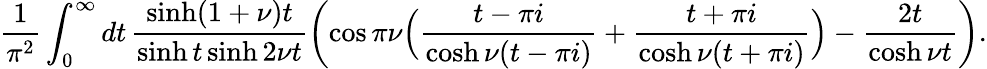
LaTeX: \frac{1}{\pi^{2}}\int_{0}^{\infty}dt\, \frac{\sinh(1+\nu)t}{\sinh t\sinh 2\nu t}\left(\cos\pi\nu\Bigl(\frac{t-\pi i}{\cosh\nu(t-\pi i)}+\frac{t+\pi i}{\cosh\nu(t+\pi i)}\Bigr)-\frac{2t}{\cosh\nu t}\right).